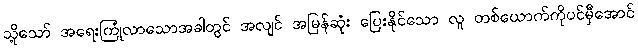
သို့သော် အရေးကြုံလာသောအခါတွင် အလျင် အမြန်ဆုံး ပြေးနိုင်သော လူ တစ်ယောက်ကိုပင်မှီအောင်